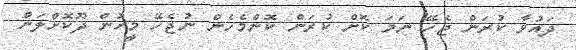
ދައުވާ ކުރަން ޖެހޭ ނަމަ ކޮށް ކުރަން ކޮންމެހެން ނުޖެހޭ މީހުން ދޫކޮށްލަން